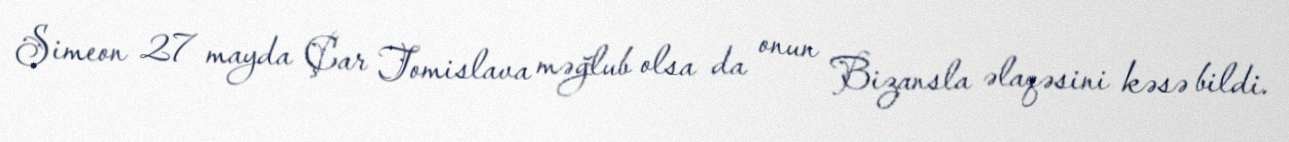
Simeon 27 mayda Çar Tomislava məğlub olsa da onun Bizansla əlaqəsini kəsə bildi.